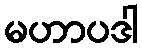
မဟာပဒါ